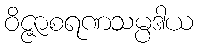
ဝိဇ္ဇာစရဏသမ္ပဒါယ